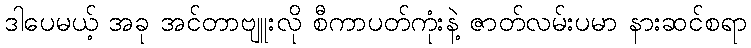
ဒါပေမယ့် အခု အင်တာဗျူးလို စီကာပတ်ကုံးနဲ့ ဇာတ်လမ်းပမာ နားဆင်စရာ